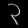
Digit: ၃